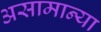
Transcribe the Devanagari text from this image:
असामान्या